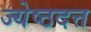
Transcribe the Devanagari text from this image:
ज्येष्ठदत्त